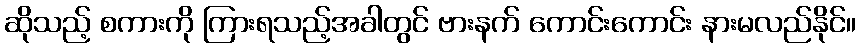
ဆိုသည့် စကားကို ကြားရသည့်အခါတွင် ဗားနက် ကောင်းကောင်း နားမလည်နိုင်။